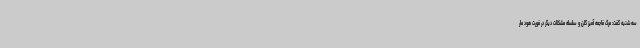
سه‌شنبه گفت: مرگ فاجعه آمیز گلن و سلسله مشکلات دیگر در فورت هود مار